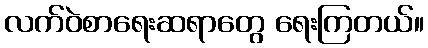
လက်ဝဲစာရေးဆရာတွေ ရေးကြတယ်။